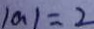
\vert a \vert = 2